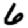
Digit: 6